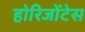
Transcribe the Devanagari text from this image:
होरिजोंटेस